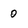
Character: 0